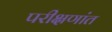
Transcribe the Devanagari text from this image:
परीक्षणांत